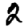
Digit: 2